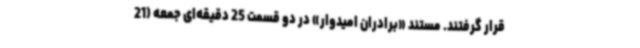
قرار گرفتند. مستند «برادران امیدوار» در دو قسمت 25 دقیقه‌ای جمعه (21